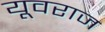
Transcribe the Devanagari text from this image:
यूवराज